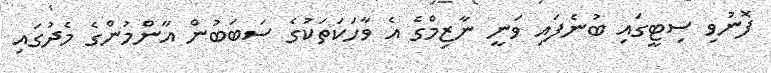
ފޮނުވި ސިޓީގައި ބުނެފައި ވަނީ ނާޒިމްގެ އެ ވާހަކަތަކުގެ ސަބަބުން އާންމުންގެ މެދުގައި